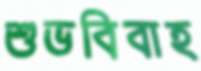
শুভবিবাহ